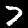
Digit: 7